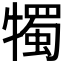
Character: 𤛯